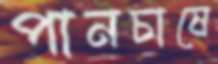
পানচাষে